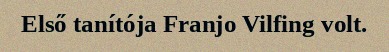
Első tanítója Franjo Vilfing volt.